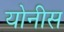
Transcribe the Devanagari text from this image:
योनीस